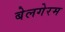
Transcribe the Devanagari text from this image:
बेलगेरम